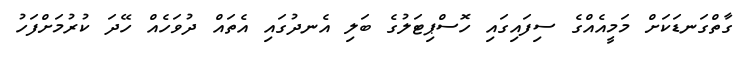
ގާތްގަނޑަކަށް މަމީއެއްގެ ސިފައިގައި ހޮސްޕިޓަލުގެ ބަލި އެނދުގައި އެތައް ދުވަހެއް ހޭދަ ކުރުމަށްފަހު